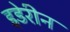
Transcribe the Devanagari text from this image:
इडेरीन